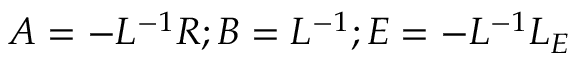
A = - L ^ { - 1 } R ; B = L ^ { - 1 } ; E = - L ^ { - 1 } L _ { E }